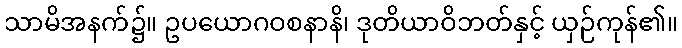
သာမိအနက်၌။ ဥပယောဂဝစနာနိ၊ ဒုတိယာဝိဘတ်နှင့် ယှဉ်ကုန်၏။